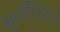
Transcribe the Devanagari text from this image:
सूर्य्यसिद्धान्तः